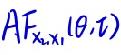
$AF_{x_{\alpha,1}}(\theta,t)$